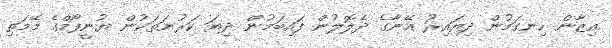
އިޒާން ހިނގަމުން ދިޔައިރު އޭނާގެ ދެލޮލުން ފައިބަމުން ދިޔަ ކަރުނަތަކުން ޔުނީފޯމްގެ މޭމަތި